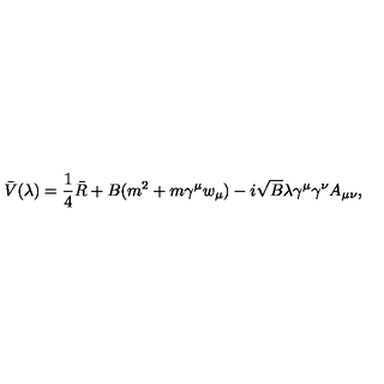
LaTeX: \bar { V } ( \lambda ) = \frac 1 4 \bar { R } + B ( m ^ { 2 } + m \gamma ^ { \mu } w _ { \mu } ) - i \sqrt { B } \lambda \gamma ^ { \mu } \gamma ^ { \nu } A _ { \mu \nu } ,